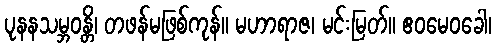
ပုနနသမ္ဘဝန္တိ၊ တဖန်မဖြစ်ကုန်။ မဟာရာဇ၊ မင်းမြတ်။ ဧဝမေဝခေါ၊